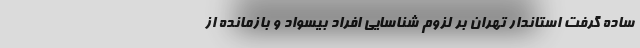
ساده گرفت استاندار تهران بر لزوم شناسایی افراد بیسواد و بازمانده از